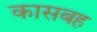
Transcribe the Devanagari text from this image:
कासबह